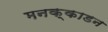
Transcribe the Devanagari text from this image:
मनक्काडन